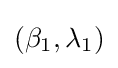
(\beta _{1},\lambda _{1})